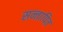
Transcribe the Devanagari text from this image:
सन्तापित